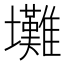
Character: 𡔃